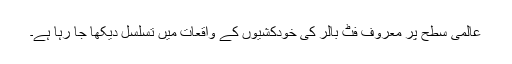
عالمی سطح پر معروف فٹ بالر کی خودکشیوں کے واقعات میں تسلسل دیکھا جا رہا ہے۔